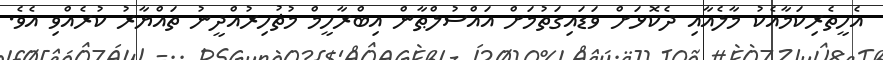
އެހީތެރިކަމާއެކު މާލެއާއި ދެކޮޅަށް ވަޑައިގަތުމަށް އައްސުލްޠާން އިބްރާހީމް މުޡުހިރުއްދީނު ތައްޔާރު ކުރެއްވި އެވެ.